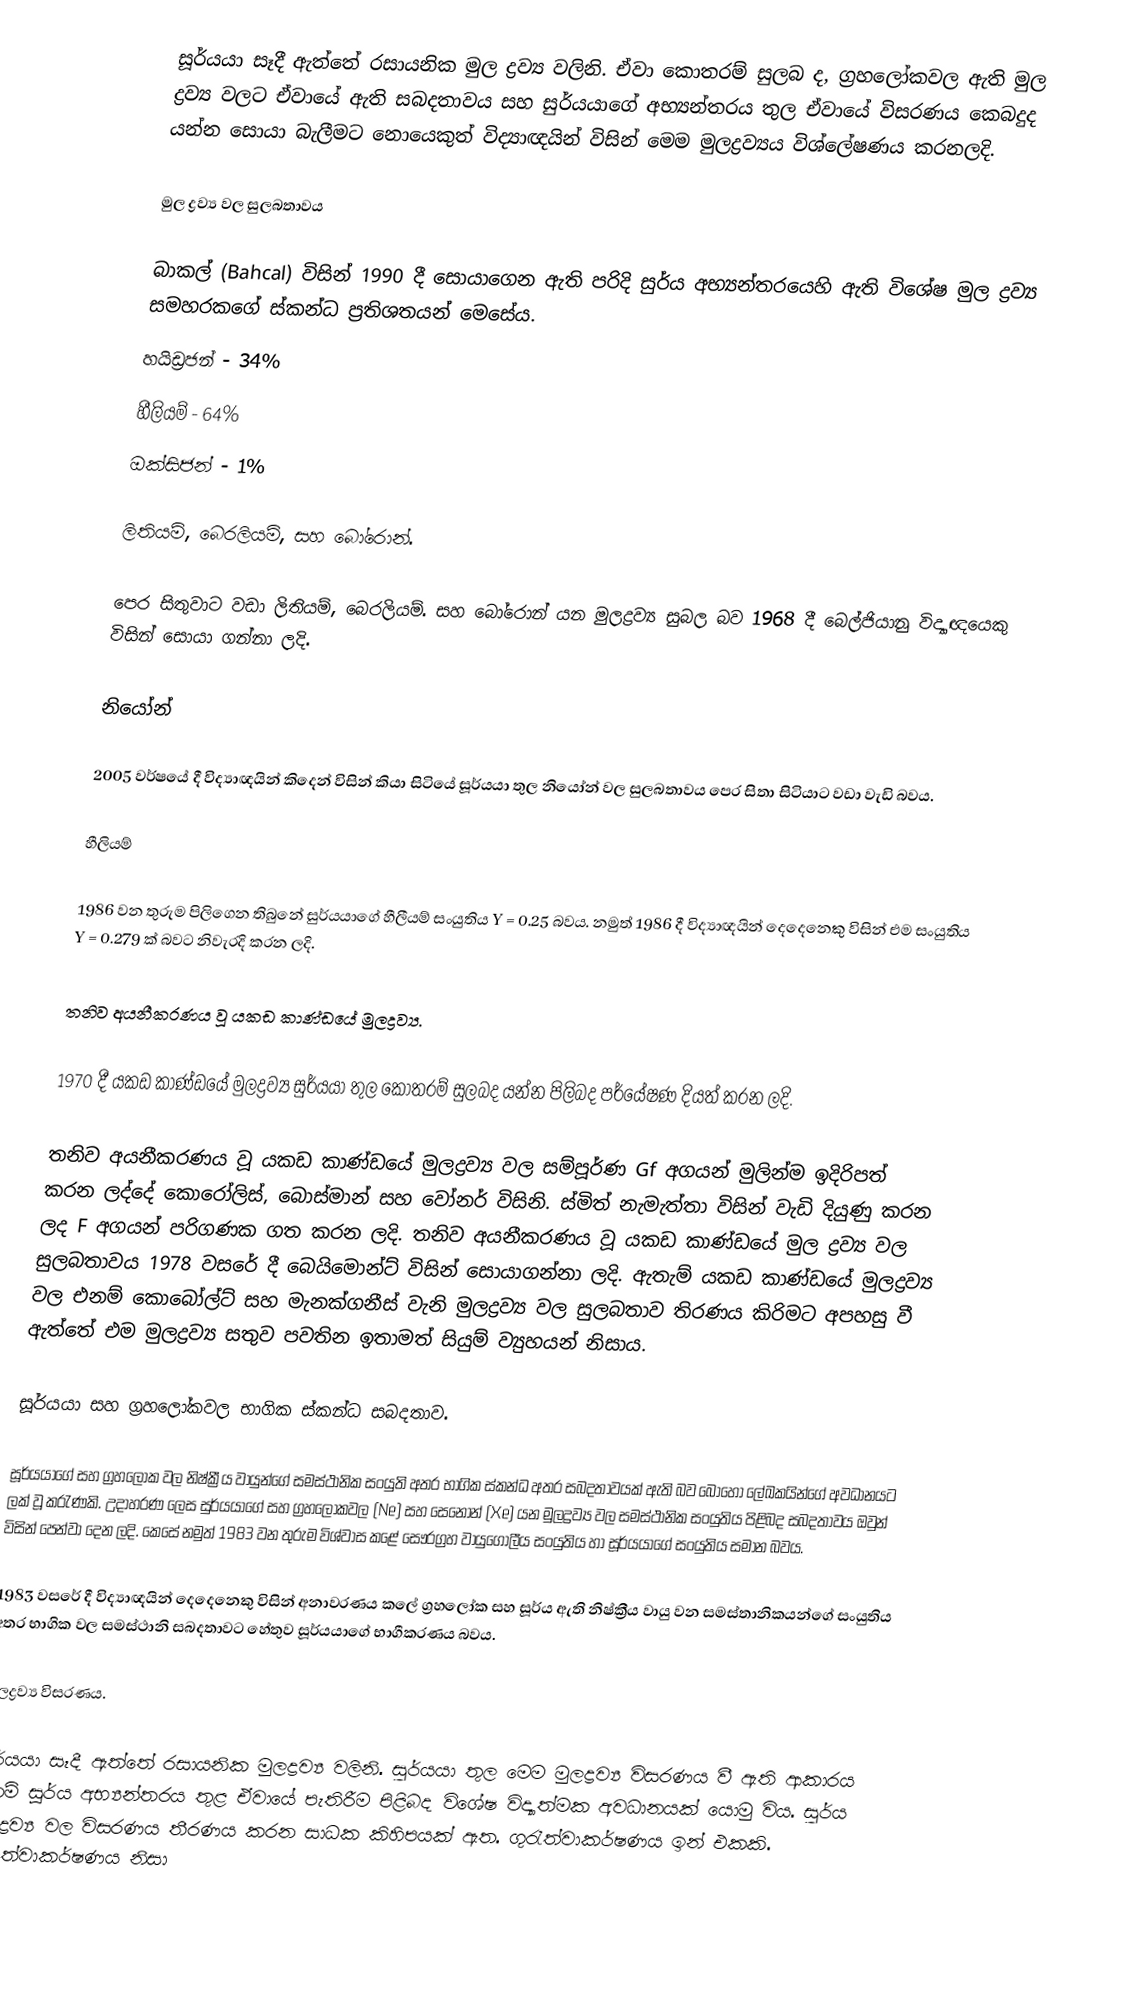
සූර්යයා සෑදී ඇත්තේ රසායනික මුල ද්‍රව්‍ය වලිනි. ඒවා කොතරම් සුලබ ද, ග්‍රහලෝකවල ඇති මුල ද්‍රව්‍ය වලට ඒවායේ ඇති සබදතාවය සහ සුර්යයාගේ අභ්‍යන්තරය තුල ඒවායේ විසරණය කෙබදුද යන්න සොයා බැලීමට නොයෙකුත් විද්‍යාඥයින් විසින් මෙම මුලද්‍රව්‍යය විශ්ලේෂණය කරනලදි.

මුල ද්‍රව්‍ය වල සුලබතාවය

බාකල් (Bahcal) විසින් 1990 දී සොයාගෙන ඇති පරිදි සුර්ය අභ්‍යන්තරයෙහි ඇති විශේෂ මුල ද්‍රව්‍ය සමහරකගේ ස්කන්ධ ප්‍රතිශතයන් මෙසේය.
හයිඩ්‍රජන් - 34%
හීලියම්	-	64%
ඔක්සිජන් - 1%

ලිතියම්, බෙරලියම්, සහ බෝරොන්.

පෙර සිතුවාට වඩා ලිතියම්, බෙරලියම්. සහ ‍බෝරොන් යන මුලද්‍රව්‍ය සුබල බව 1968 දී බෙල්ජියානු විද්‍යාඥයෙකු විසින් සොයා ගන්නා ලදි.

නියෝන්

2005 වර්ෂයේ දී විද්‍යාඥයින් කිදෙන් විසින් කියා සිටියේ සූර්යයා තුල නියෝන් වල සුලබතාවය පෙර සිතා සිටියාට වඩා වැඩි බවය.

හීලියම්

1986 වන තුරුම පිලිගෙන තිබුනේ සුර්යයාගේ හීලීයම් සංයුතිය Y = 0.25 බවය. නමුත් 1986 දී විද්‍යාඥයින් දෙදෙනෙකු  විසින් එම සංයුතිය   Y = 0.279 ක් බවට නිවැරදි කරන ලදි.

තනිව අයනීකරණය වූ යකඩ කාණ්ඩයේ මුලද්‍රව්‍ය.

1970 දී යකඩ කාණ්ඩයේ මුලද්‍රව්‍ය සුර්යයා තුල කොතරම් සුලබද යන්න පිලිබද පර්යේෂණ දියත් කරන ලදි.

තනිව අයනීකරණය වූ යකඩ කාණ්ඩයේ මුලද්‍රව්‍ය වල සම්පූර්ණ Gf අගයන් මුලින්ම ඉදිරිපත් කරන ලද්දේ කොරෝලිස්, බො‍ස්මාන් සහ වෝනර් විසිනි. ස්මිත් නැමැත්තා විසින් වැඩි දියුණු කරන ලද F අගයන් පරිගණක ගත කරන ලදි. තනිව අයනීකරණය වූ යකඩ කාණ්ඩයේ මුල ද්‍රව්‍ය වල සුලබතාවය  1978 වසරේ දී බෙයිමොන්ට් විසින් සොයාගන්නා ලදි. ඇතැම් යකඩ කාණ්ඩයේ මුලද්‍රව්‍ය වල එනම් කොබෝල්ට් සහ මැනක්ගනීස් වැනි මුලද්‍රව්‍ය වල සුලබතාව තිරණය කිරිමට අපහසු වී ඇත්තේ  එම මුලද්‍රව්‍ය සතුව පවතින ඉතාමත් සියුම් ව්‍යුහයන් නිසාය.

සූර්යයා සහ ග්‍රහලෝකවල භාගික ස්කන්ධ සබදතාව.

සූර්යයාගේ සහ ග්‍රහලෝක වල නිෂ්ක්‍රීය වායුන්ගේ සමස්ථානික සංයුති අතර භාගික ස්කන්ධ අතර සබදතාවයක් ඇති බව බො‍හෝ ලේඛකයින්ගේ අවධානයට ලක් වූ කරැණකි. උදාහරණ ලෙස සුර්යයාගේ සහ ග්‍රහලෝකවල (Ne) සහ සෙනොන්   (Xe) යන මුලද්‍රව්‍ය වල සමස්ථානික සංයුතිය පිළිබද සබදතාවය ඔවුන් විසින් පෙන්වා දෙන ලදි. කෙසේ නමුත් 1983 වන තුරුම විශ්වාස කළේ සෞරග්‍රහ වායුගෝලීය සංයුතිය හා සූර්යයාගේ සංයුතිය සමාන බවය.

1983 වසරේ දී විද්‍යාඥයින් දෙදෙනෙකු විසින් අනාවරණය කලේ  ග්‍රහලෝක සහ සූර්ය ඇති නිෂ්ක්‍රීය වායු වන සමස්තානිකයන්ගේ සංයුතිය අතර භාගික වල සමස්ථානි සබදතාවට හේතුව  සූර්යයාගේ භාගීකරණය බවය.

මුලද්‍රව්‍ය විසරණය.

සූර්යයා සෑදී ඇත්තේ රසායනික මුලද්‍රව්‍ය වලිනි. සුර්යයා තුල මෙම මුලද්‍රව්‍ය විසරණය ‍වී ඇති ආකාරය එනම් සූර්ය අභ්‍යන්තරය තුළ ඒවායේ පැතිරීම පිළිබද විශේෂ විද්‍යාත්මක අවධානයක් යොමු විය. සුර්ය මුලද්‍රව්‍ය වල විසරණය තීරණය කරන සාධක කිහිපයක් ඇත. ගුරැත්වාකර්ෂණය ඉන් එකකි. ගුරුත්වාකර්ෂණය නිසා